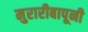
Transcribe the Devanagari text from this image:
मुरारीबापूनी